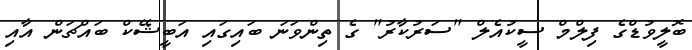
ބޮލީވުޑްގެ ފިލްމް ސީކުއެލް "ސަރުކާރު" ގެ ތިންވަނަ ބައިގައި އަބީޝޭކް ބައްޗަން އާއި